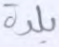
بلدة